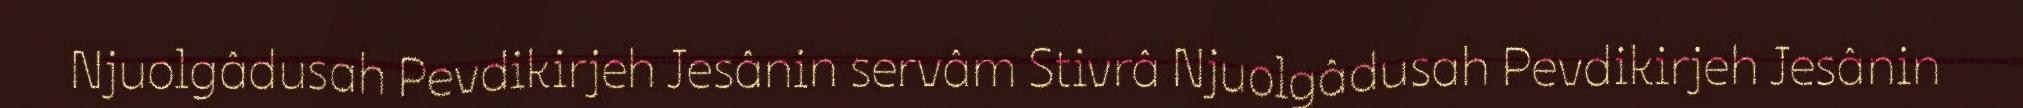
Njuolgâdusah Pevdikirjeh Jesânin servâm Stivrâ Njuolgâdusah Pevdikirjeh Jesânin